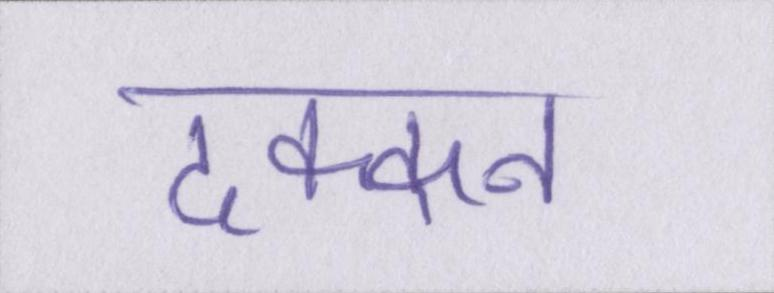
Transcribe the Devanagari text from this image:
दक्कन